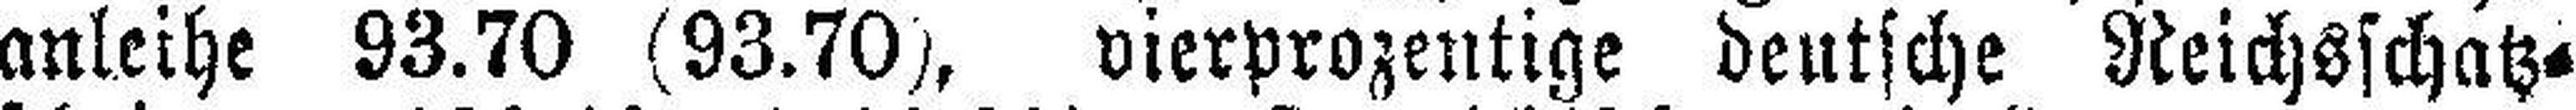
anleihe 93.70 (93.70), vierprozentige deutsche Reichsschatz¬